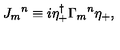
{ J _ { m } } ^ { n } \equiv i \eta _ { + } ^ { \dagger } { \Gamma _ { m } } ^ { n } \eta _ { + } ,